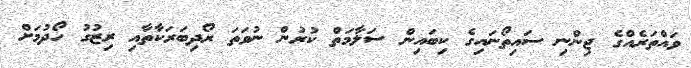
ވައްތަރެއްގެ ޖިންނި ސައިތޯނައިގެ ކިބައިން ސަލާމަތް ކުރުން ނުވަތަ ރޯދިބަރަކާތާއި ރިޒުގު ހޯދުމަށް